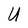
Character: U